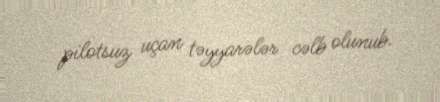
pilotsuz uçan təyyarələr cəlb olunub.